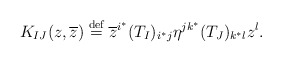
\begin{align*}K_{IJ}(z,\overline z) \stackrel{\mbox{\scriptsize def}}{=} \overline z^{i^*}(T_I)_{i^*j}\eta^{jk^*}(T_J)_{k^*l}z^l.\end{align*}